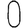
Digit: 0